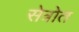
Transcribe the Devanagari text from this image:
सेत्रोत